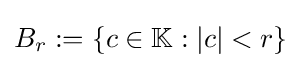
B_{r}:=\{c\in \mathbb {K} :|c|<r\}